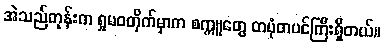
အဲသည်တုန်းက ရှုမဝတိုက်မှာက စက္ကူတွေ တပုံတပင်ကြီးရှိတယ်။